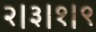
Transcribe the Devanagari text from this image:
२।३।१।९